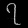
Digit: ၇